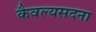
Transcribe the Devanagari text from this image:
कैवल्यसदना